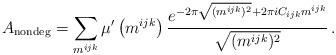
\begin{align*}A_\mathrm{nondeg}=\sum_{m^{ijk}} \mu'\left(m^{ijk}\right)\frac{e^{-2\pi \sqrt{(m^{ijk})^2}+ 2\pi i C_{ijk} m^{ijk}}}{\sqrt{(m^{ijk})^2}}\,.\end{align*}